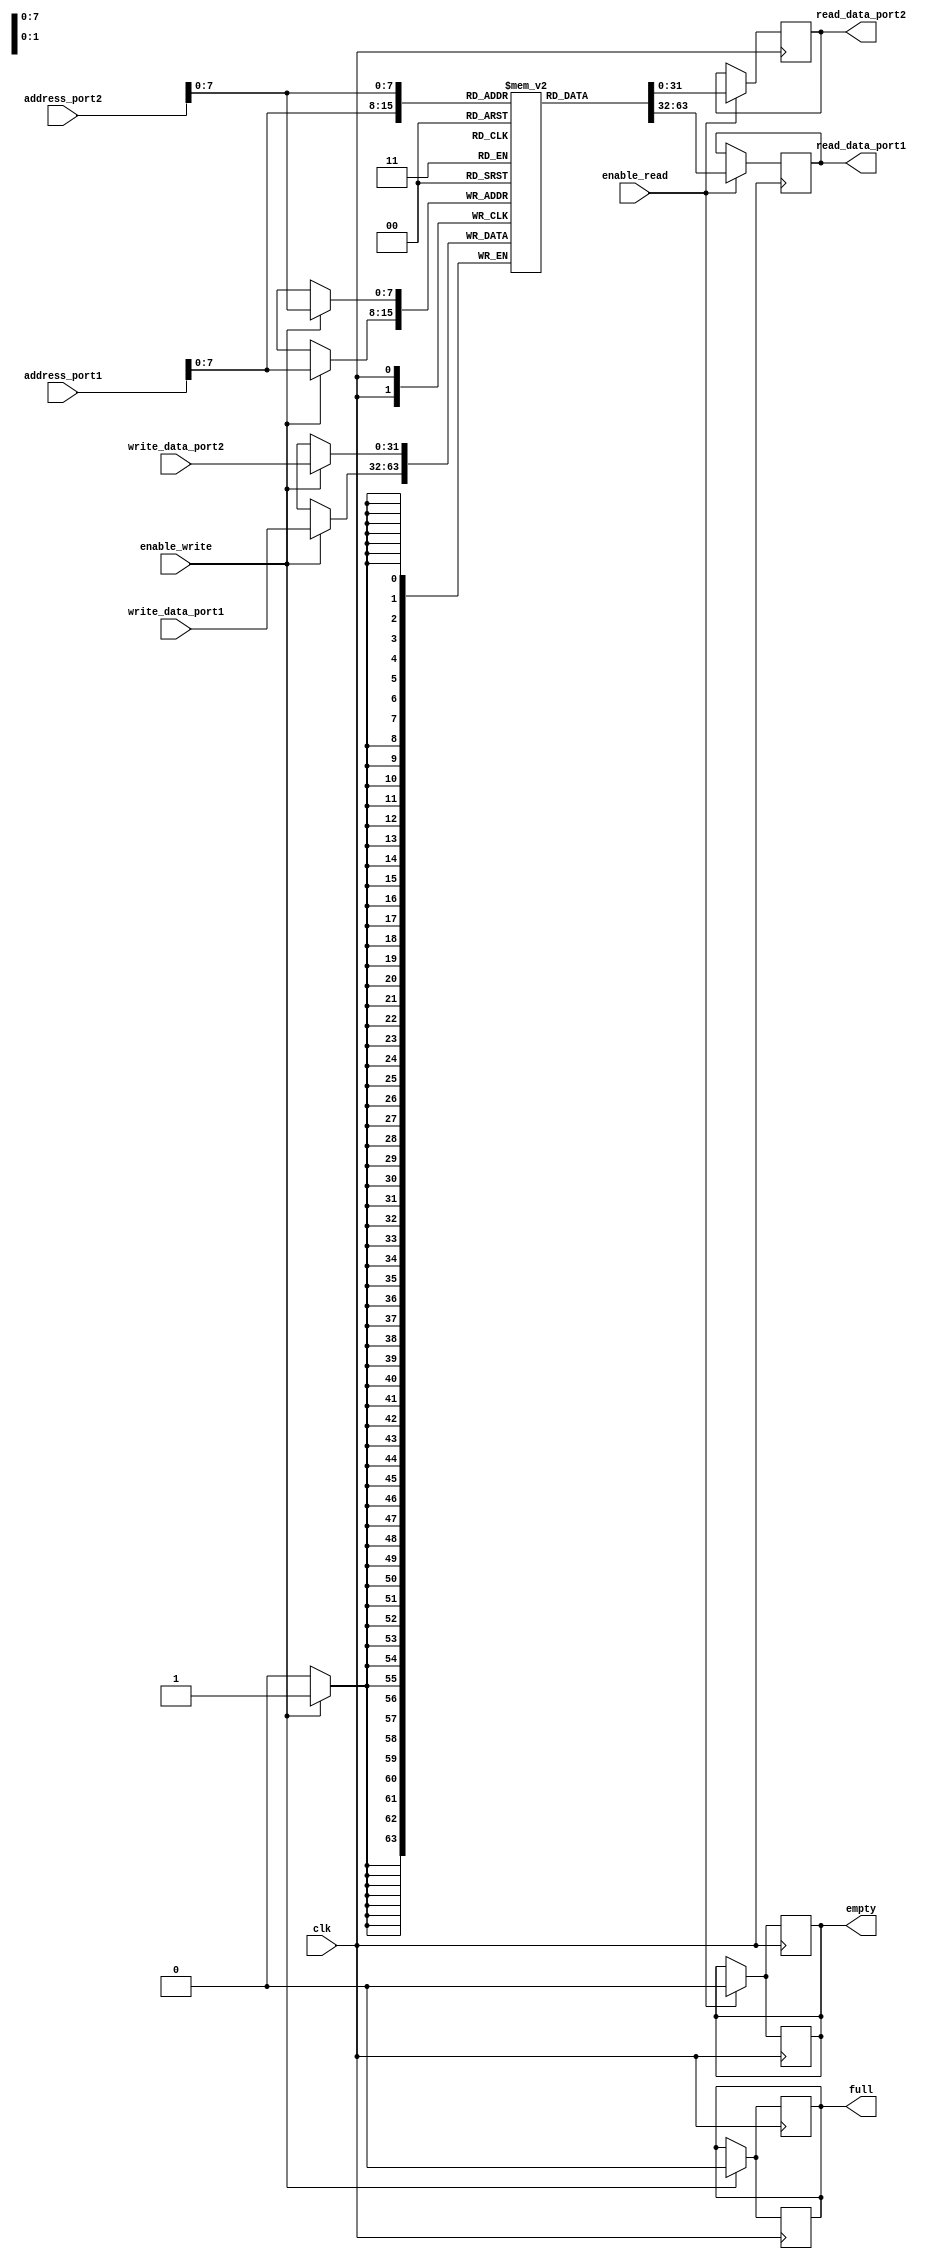
module dual_port_ram (
  input wire clk,
  input wire enable_write,
  input wire enable_read,
  input wire [31:0] write_data_port1,
  input wire [31:0] write_data_port2,
  input wire [31:0] address_port1,
  input wire [31:0] address_port2,
  output reg [31:0] read_data_port1,
  output reg [31:0] read_data_port2,
  output reg full,
  output reg empty
);

reg [31:0] memory [0:255];

always @(posedge clk) begin
  if (enable_write) begin
    memory[address_port1] <= write_data_port1;
    full <= 1'b0;
  end

  if (enable_read) begin
    read_data_port1 <= memory[address_port1];
    empty <= 1'b0;
  end
end

always @(posedge clk) begin
  if (enable_write) begin
    memory[address_port2] <= write_data_port2;
    full <= 1'b0;
  end

  if (enable_read) begin
    read_data_port2 <= memory[address_port2];
    empty <= 1'b0;
  end
end

endmodule